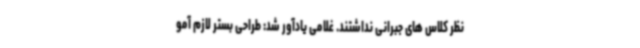
نظر کلاس های جبرانی نداشتند. غلامی یادآور شد: طراحی بستر لازم آمو